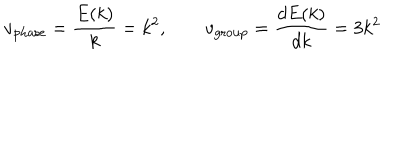
v _ { \mathrm { p h a s e } } = { \frac { E ( k ) } { k } } = k ^ { 2 } , \qquad v _ { \mathrm { g r o u p } } = { \frac { d E ( k ) } { d k } } = 3 k ^ { 2 }